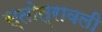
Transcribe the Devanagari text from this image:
स्तोत्रावली